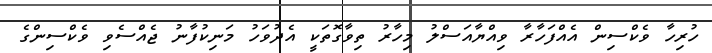
ހުރިހާ ވެކްސިން އެއްފަހާރާ ވިއްޔާއަސްލު މިހާރު ތިވާގޮތަކީ އެދުވަހު މަނިކުފާނު ޖެއްސެވި ވެކްސިންގެ